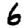
Digit: 6